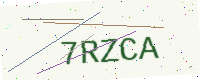
Text: 7RZCA